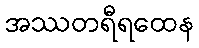
အဿတရီရထေန